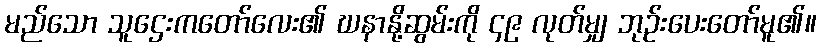
မည်သော သူဌေးကတော်လေး၏ ဃနာနို့ဆွမ်းကို ၄၉ လုတ်မျှ ဘုဉ်းပေးတော်မူ၏။